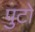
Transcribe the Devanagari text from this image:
पुटों